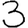
Digit: 3